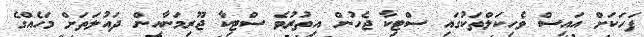
ފަހަކަށް އައިސް ވެހިކަލްތަކުގައި ސްޓިކާ ޖެހުން އިތުރުވެ ސްޓިކާ ޖޫރިމަނާއިން ދައުލަތަށް މަހެއްގެ